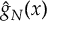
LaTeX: { \hat { g } } _ { N } ( x )